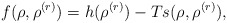
\begin{align*}f( \rho, \rho^{(r)})= h( \rho^{(r)}) - T s ( \rho, \rho^{(r)}),\end{align*}